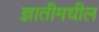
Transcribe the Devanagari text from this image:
ज्ञातीमधील